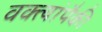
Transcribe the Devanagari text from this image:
वक्त्यांपैकी